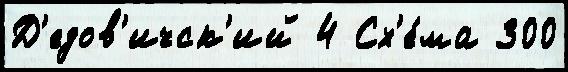
Д'едов'ичск'ий 4 Сх'е́ма 300